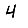
Digit: 4